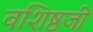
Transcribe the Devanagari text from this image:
वशिष्ठजी